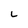
Character: L